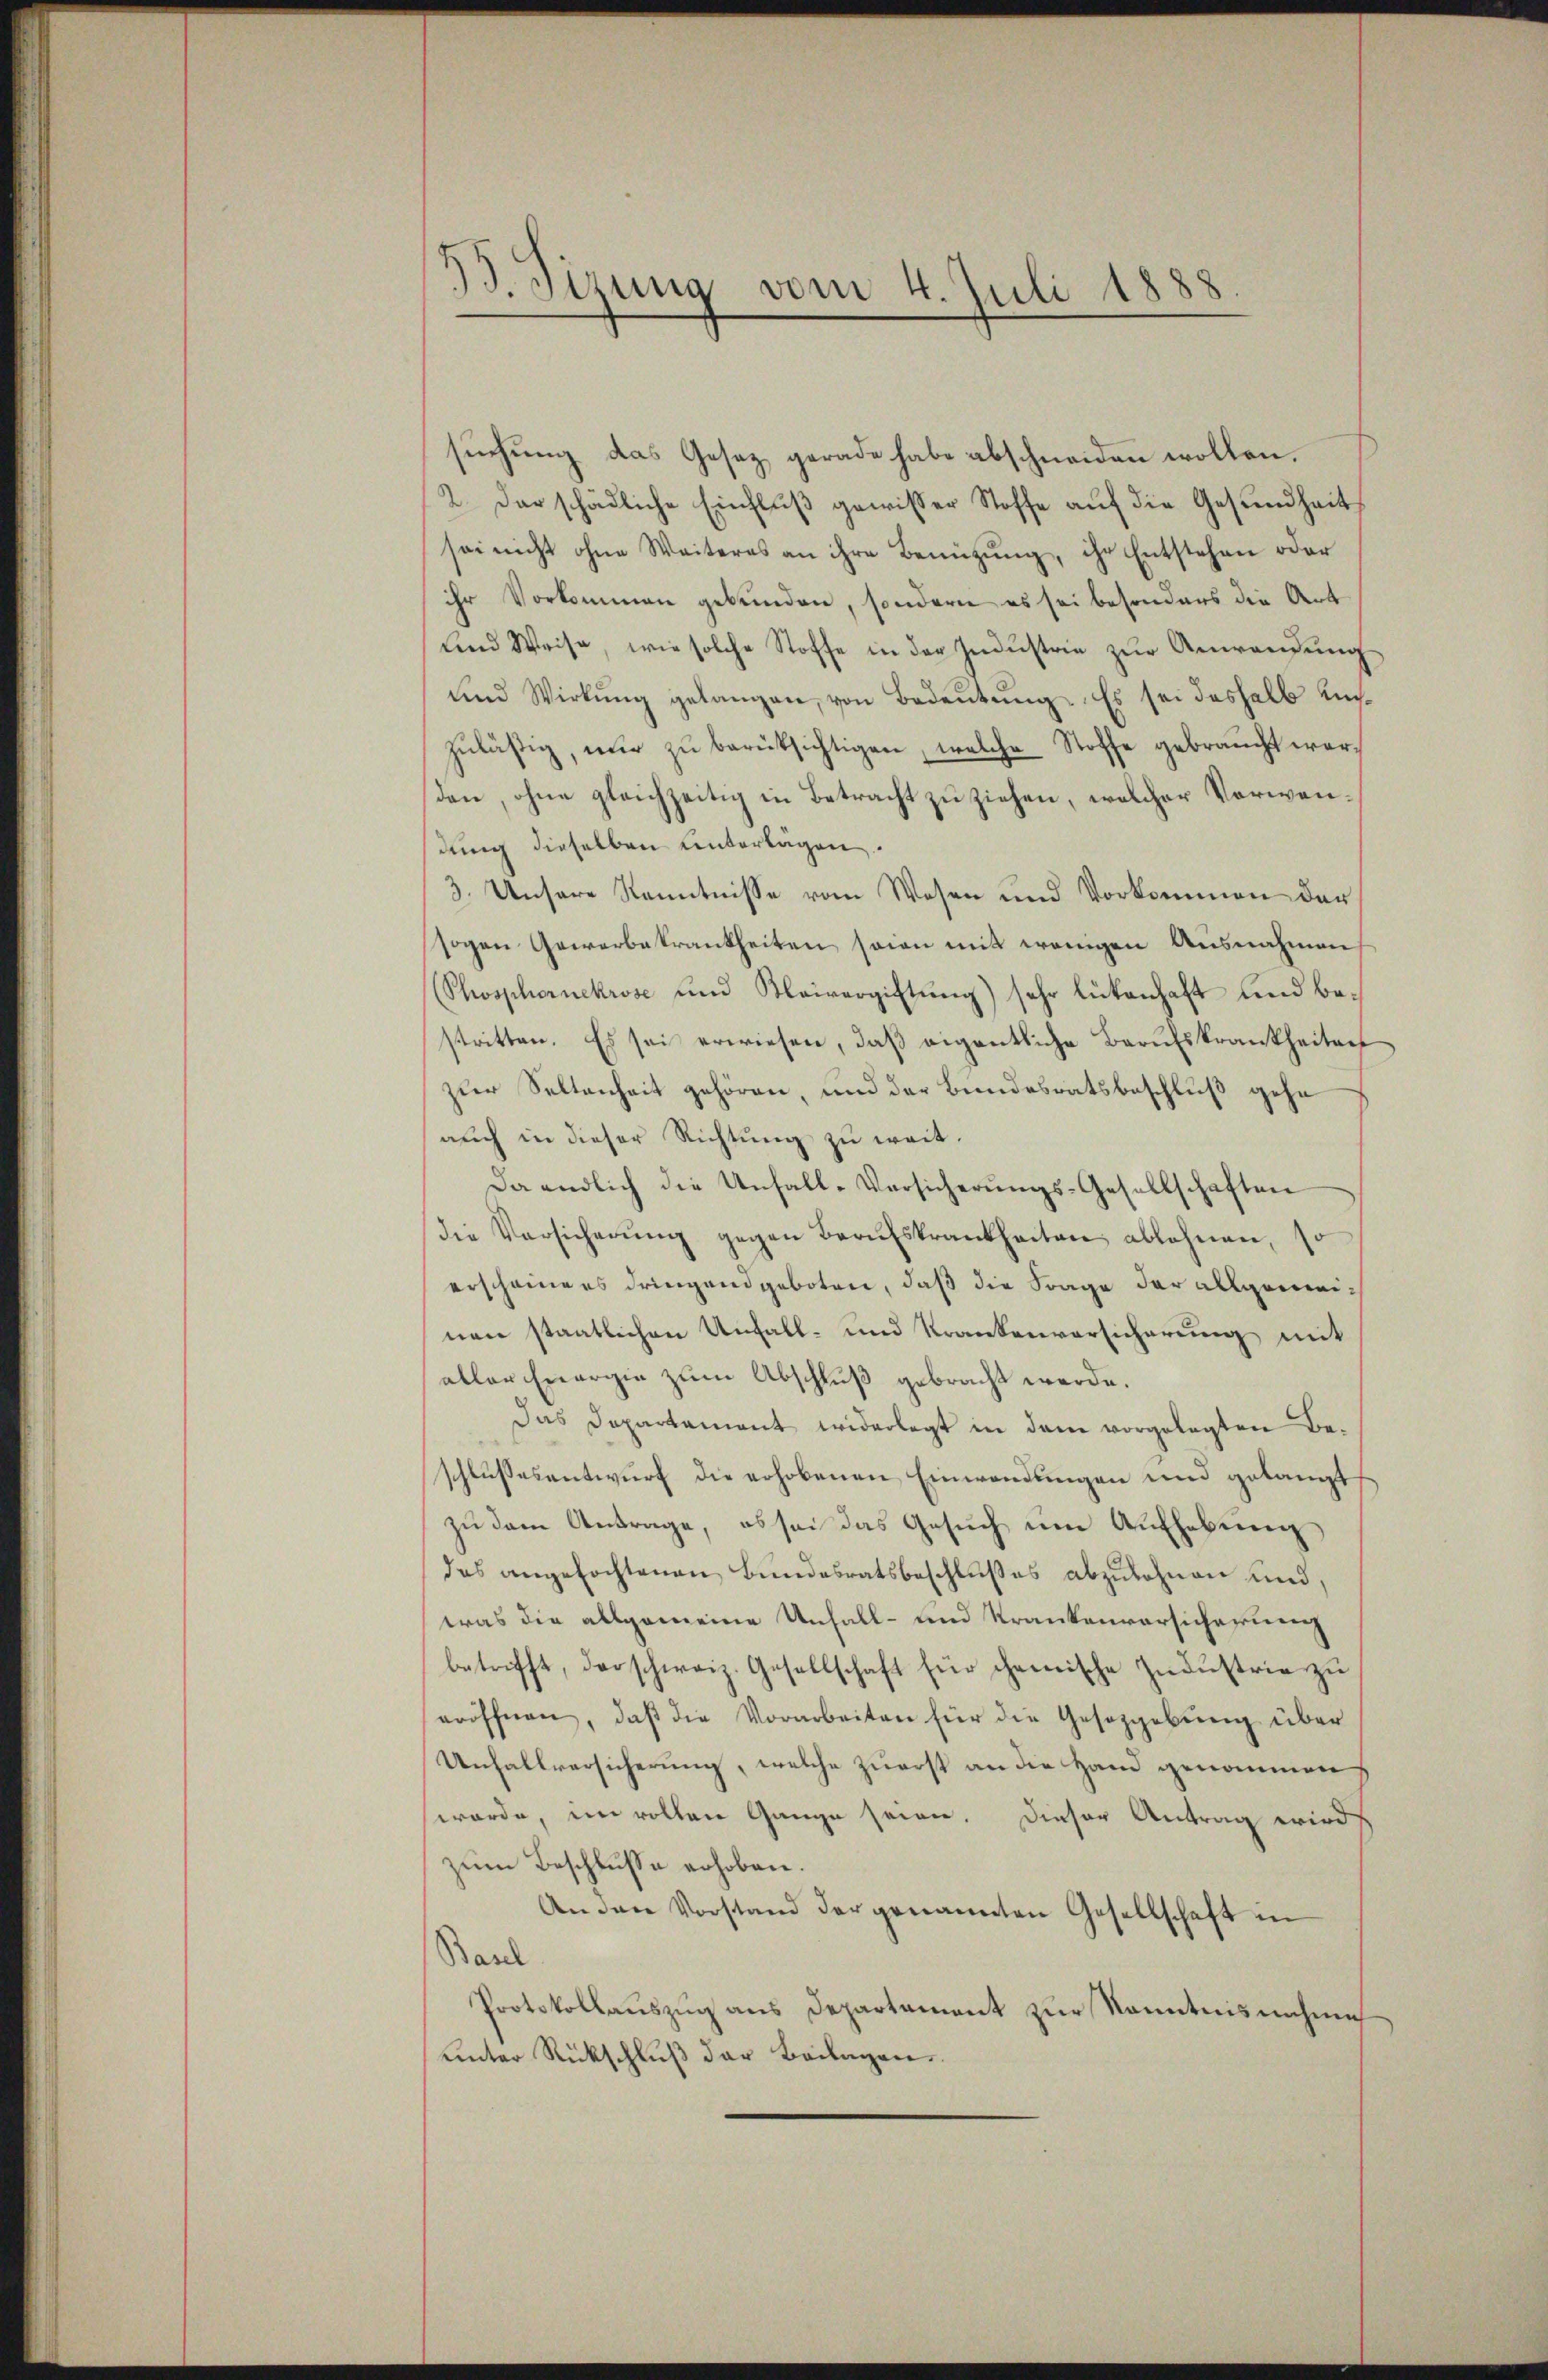
B. Sizung vom 4. Juli 1888

suchung das Gesetz gerade habe abschneiden wollen.
2. Der schädliche Einfluß gewisser Stoffe auf die Gesundheit
sei nicht ohne Weiteres an ihre Benützŭng, ihr Entstehen oder
ihr Vorkommen gebunden, sondern es sei besonders die Art
und Weise, wie solche Stoffe in der Industrie zur Anwendung
und Wirkŭng gelangen, von Bedeutung. Es sei deshalb unzuläßig, nur zu berüksichtigen, welche Stoffe gebraucht werden, ohne gleichzeitig in Betracht zu ziehen, welcher Verwendung dieselben Unterlagen.
3. Unsere Kenntnisse vom Wesen und Vorkommen der
sogen Gewerbekrankheiten seien mit wenigen Ausnahmen
(Phosphornekrose und Kleivergiftung) sehr lückenhaft und bestritten. Es sei erwiesen, daβ eigentliche Berufskrankheiten
zur Seltenheit gehören, und der Bundesratsbeschluß gehe
auch in dieser Richtung zu weit.
Da endlich die Unfall-Versicherŭngs-Gesellschaften
die Versicherŭng gegen Berufskrankheiten ablehnen, so
erscheiners dringend geboten, daß die Frage der allgemeinen staatlichen Unfall- und Krankenversicherung mit
aller Energie zum Abschluß gebracht werde.
Das Departament widerlegt in dem vorgelegten Be-
schlussesantwurf die erhobenen Einwendungen und gelangt
zŭ dem Antrage, es sei das Gesŭch ŭm Aŭfhebŭng
das angefochtenen Bundesratsbeschlußes abzulehnen und,
was die allgemeine Unfall- und Krankenversicherung
betrifft, der schweiz. Gesellschaft für chemische Industrie zu
eröffnen, daβ die Vorarbeiten für die Gesetzgebŭng über
Unfallversicherung, welche zuerst an die Hand genommen
werde, im vollen Gange seien. Dieser Antrag wird
zum Beschlusse erhoben.
An den Vorstand der genannten Gesellschaft in
Baul
Protokollauszug aus Departement zur Kenntnisnahme
unter Rückschluß der Beilagen.